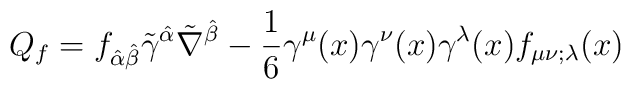
Q_{f}=f_{\hat\alpha\hat\beta}\tilde\gamma^{\hat\alpha}\tilde\nabla^{\hat\beta}-\frac{1}{6}\gamma^{\mu}(x)\gamma^{\nu}(x)\gamma^{\lambda}(x)f_{\mu\nu;\lambda}(x)